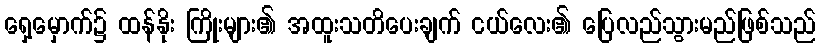
ရှေ့မှောက်၌ ထန်နိုး ကြိုးများ၏ အထူးသတိပေးချက် ငယ်လေး၏ ပြေလည်သွားမည်ဖြစ်သည်